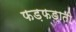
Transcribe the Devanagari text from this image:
फड़फड़ाती